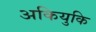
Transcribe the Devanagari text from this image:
अकियुकि